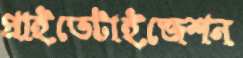
প্রাইভেটাইজেশন